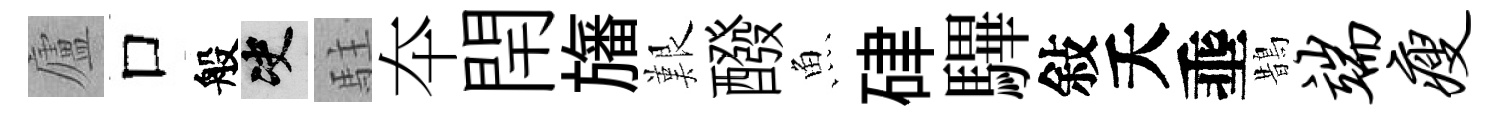
廬口般决駐夲閈旛艱醱魚硉驆敍夭埀鵲端瘦